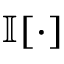
\mathbb { I } [ \cdot ]